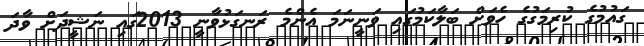
ގައުމުގެ ކުރިމަގުގެ ހެވަށް ބަލާކަމުގައި ވަނީނަމަ އެންމެ ރަނގަޅުވާނީ 2013ގައި ނަޝީދަށް ވާދަ